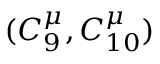
( C _ { 9 } ^ { \mu } , C _ { 1 0 } ^ { \mu } )